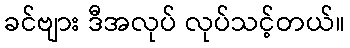
ခင်ဗျား ဒီအလုပ် လုပ်သင့်တယ်။